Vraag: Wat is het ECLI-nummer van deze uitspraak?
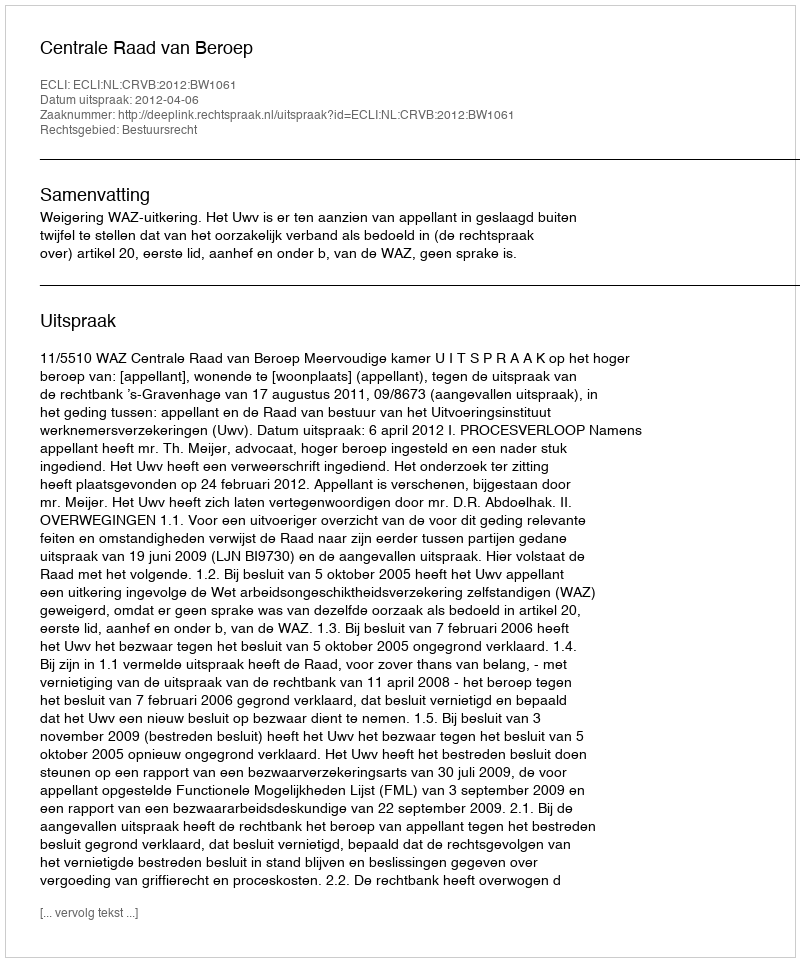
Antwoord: ECLI:NL:CRVB:2012:BW1061